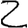
Digit: 2